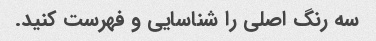
سه رنگ اصلی را شناسایی و فهرست کنید.